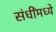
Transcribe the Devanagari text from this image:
संधींमध्ये